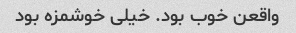
واقعن خوب بود. خیلی خوشمزه بود